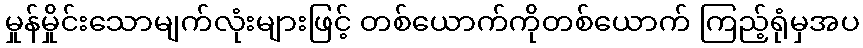
မှုန်မှိုင်းသောမျက်လုံးများဖြင့် တစ်ယောက်ကိုတစ်ယောက် ကြည့်ရုံမှအပ